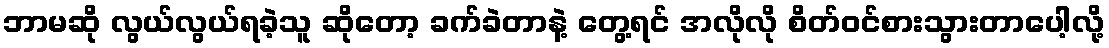
ဘာမဆို လွယ်လွယ်ရခဲ့သူ ဆိုတော့ ခက်ခဲတာနဲ့ တွေ့ရင် အလိုလို စိတ်ဝင်စားသွားတာပေါ့လို့